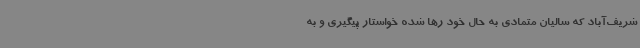
شریف‌آباد که سالیان متمادی به حال خود رها شده خواستار پیگیری و به